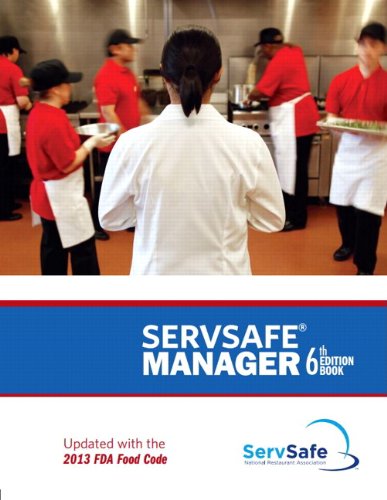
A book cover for ServSafe Manager, Revised with ServSafe Exam Answer Sheet (6th Edition); National Restaurant Associatio; Business & Money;